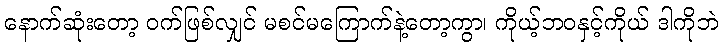
နောက်ဆုံးတော့ ဝက်ဖြစ်လျှင် မစင်မကြောက်နဲ့တော့ကွာ၊ ကိုယ့်ဘဝနှင့်ကိုယ် ဒါကိုဘဲ